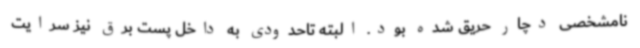
نامشخصی دچار حریق شده بود. البته تاحدودی به داخل پست برق نیز سرایت